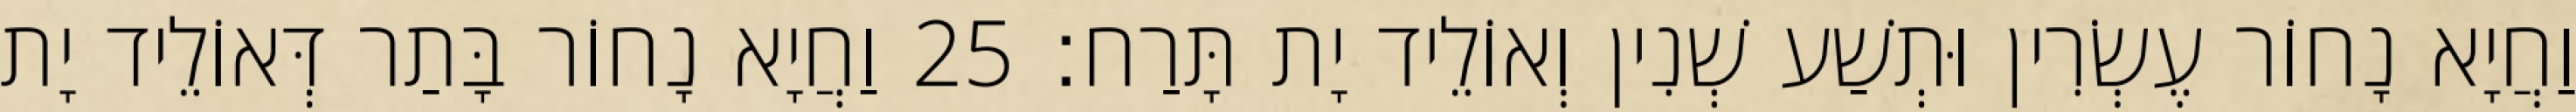
וַחֲיָא נָחוֹר עֶשְׂרִין וּתְשַׁע שְׁנִין וְאוֹלֵיד יָת תָּרַח׃ 25 וַחֲיָא נָחוֹר בָּתַר דְּאוֹלֵיד יָת